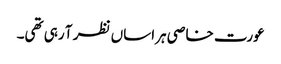
عورت خاصی ہراساں نظر آ رہی تھی۔